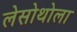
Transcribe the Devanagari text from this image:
लेसोथोला